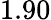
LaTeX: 1.90